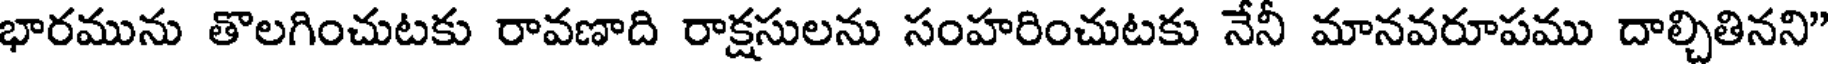
భారమును తొలగించుటకు రావణాది రాక్షసులను సంహరించుటకు నేనీ మానవరూపము దాల్చితినని"